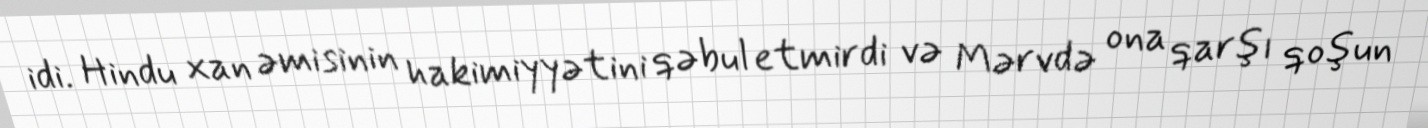
idi. Hindu xan əmisinin hakimiyyətini qəbul etmirdi və Mərvdə ona qarşı qoşun